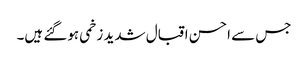
جس سے احسن اقبال شدید زخمی ہوگئے ہیں۔